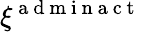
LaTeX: \xi^{\mathrm{~a~d~m~i~n~a~c~t~}}